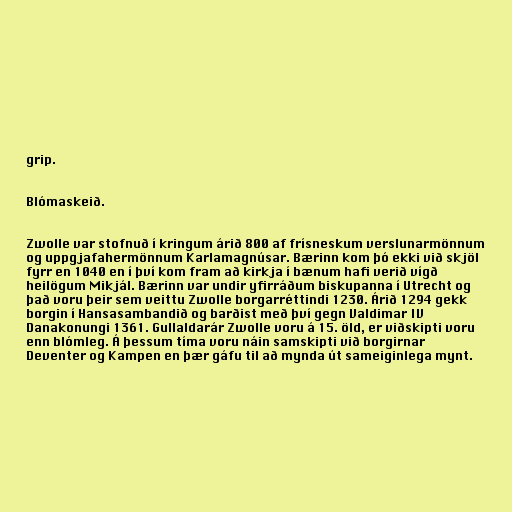
grip.

Blómaskeið.

Zwolle var stofnuð í kringum árið 800 af frísneskum verslunarmönnum
og uppgjafahermönnum Karlamagnúsar. Bærinn kom þó ekki við skjöl
fyrr en 1040 en í því kom fram að kirkja í bænum hafi verið vígð
heilögum Mikjál. Bærinn var undir yfirráðum biskupanna í Utrecht og
það voru þeir sem veittu Zwolle borgarréttindi 1230. Árið 1294 gekk
borgin í Hansasambandið og barðist með því gegn Valdimar IV
Danakonungi 1361. Gullaldarár Zwolle voru á 15. öld, er viðskipti voru
enn blómleg. Á þessum tíma voru náin samskipti við borgirnar
Deventer og Kampen en þær gáfu til að mynda út sameiginlega mynt.